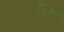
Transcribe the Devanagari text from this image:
रिष्ठता